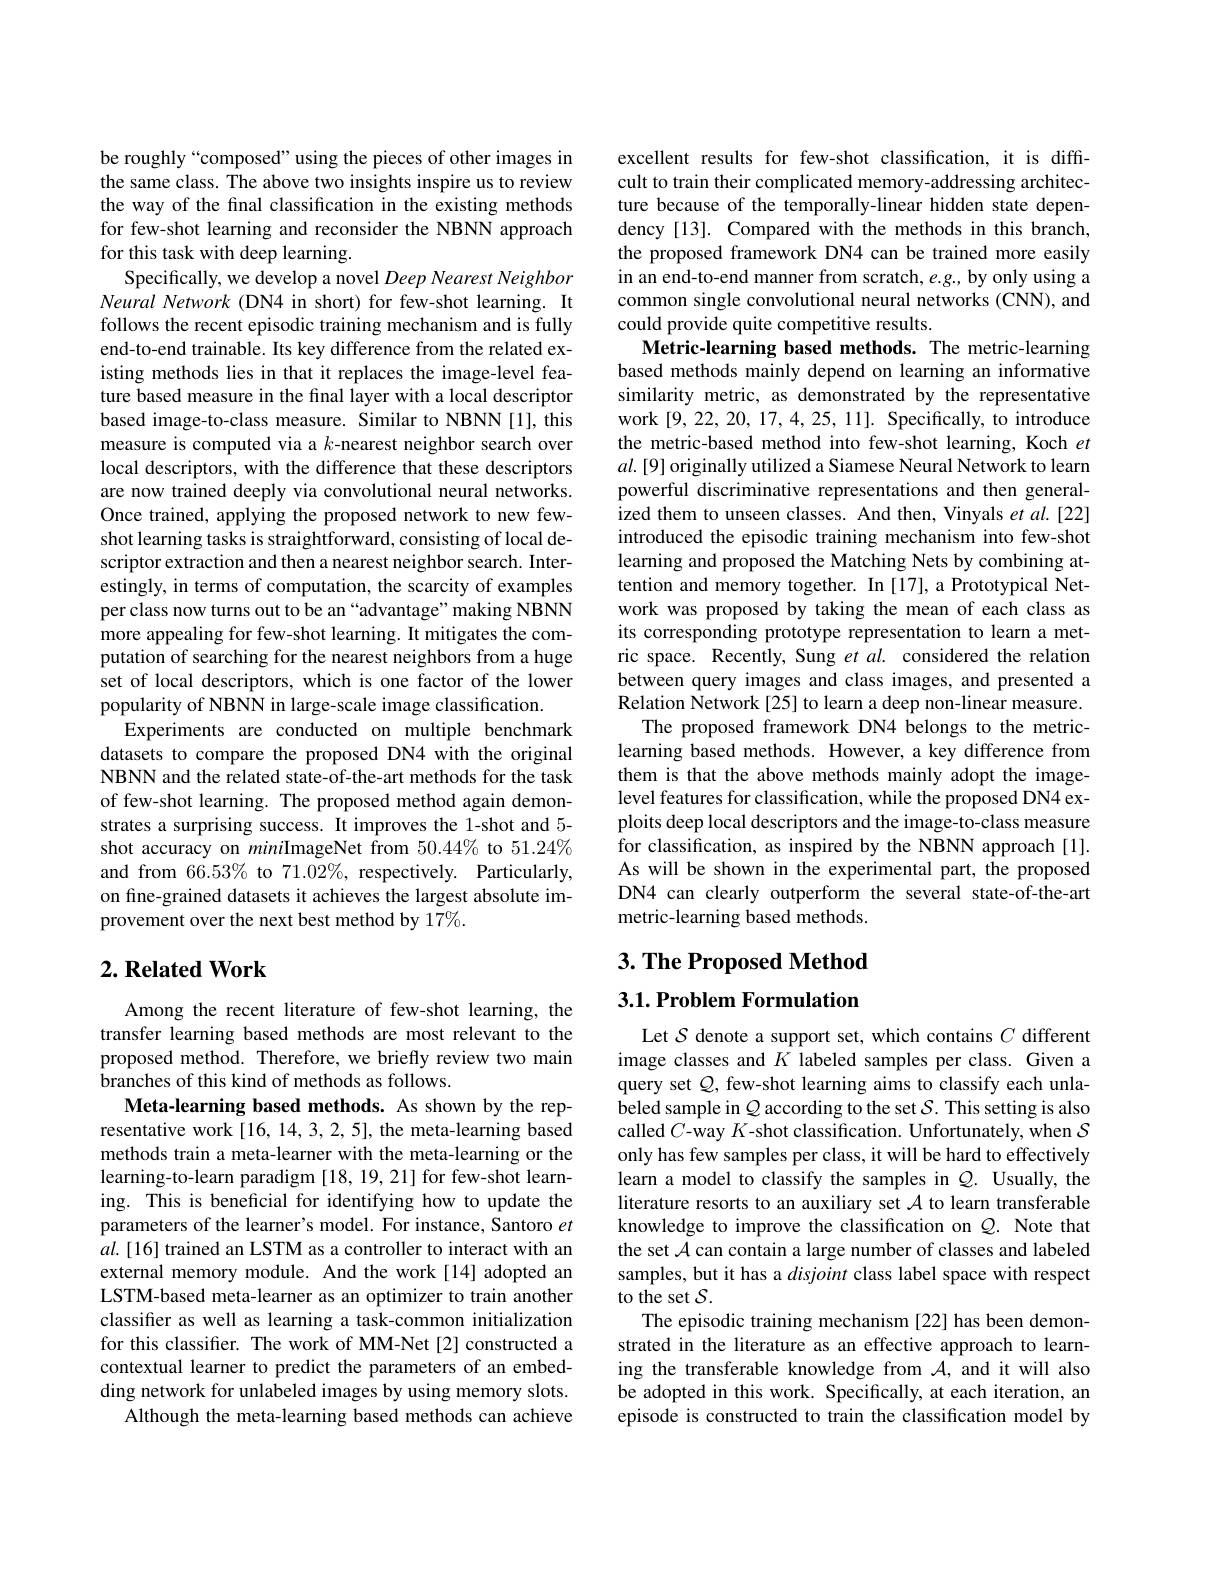
be roughly“composed”using the pieces of other images in the same class. The above two insights inspire us to review the way of the final classification in the existing methods for few-shot learning and reconsider the NBNN approach for this task with deep learning.
Specifically, we develop a novel Deep Nearest Neighbor Neural Network (DN4 in short) for few-shot learning. It follows the recent episodic training mechanism and is fully end-to-end trainable. Its key difference from the related existing methods lies in that it replaces the image-level feature based measure in the final layer with a local descriptor based image-to-class measure. Similar to NBNN [1], this measure is computed via a $k$-nearest neighbor search over local descriptors, with the difference that these descriptors are now trained deeply via convolutional neural networks. Once trained, applying the proposed network to new fewshot learning tasks is straightforward, consisting of local descriptor extraction and then a nearest neighbor search. Interestingly, in terms of computation, the scarcity of examples per class now turns out to be an “advantage”making NBNN more appealing for few-shot learning. It mitigates the computation of searching for the nearest neighbors from a huge set of local descriptors, which is one factor of the lower popularity of NBNN in large-scale image classification.
Experiments are conducted on multiple benchmark datasets to compare the proposed DN4 with the original NBNN and the related state-of-the-art methods for the task of few-shot learning. The proposed method again demonstrates a surprising success. It improves the 1-shot and 5- shot accuracy on miniImageNet from 50.44% to 51.24% and from 66.53% to 71.02%, respectively. Particularly, on fine-grained datasets it achieves the largest absolute improvement over the next best method by 17%.

## $2. \textbf{Related Work}$

Among the recent literature of few-shot learning, the transfer learning based methods are most relevant to the proposed method. Therefore, we briefly review two main branches of this kind of methods as follows.
Meta-learning based methods. As shown by the representative work [16, 14, 3, 2, 5], the meta-learning based methods train a meta-learner with the meta-learning or the learning-to-learn paradigm [18, 19, 21] for few-shot learning. This is beneficial for identifying how to update the parameters of the learner's model. For instance, Santoro $et$ $al.[16]$ trained an LSTM as a controller to interact with an external memory module. And the work[14] adopted an LSTM-based meta-learner as an optimizer to train another classifier as well as learning a task-common initialization for this classifier. The work of MM-Net[2] constructed a contextual learner to predict the parameters of an embedding network for unlabeled images by using memory slots.
Although the meta-learning based methods can achieve

excellent results for few-shot classification, it is difficult to train their complicated memory-addressing architecture because of the temporally-linear hidden state dependency[13]. Compared with the methods in this branch, the proposed framework DN4 can be trained more easily in an end-to-end manner from scratch, $e.g.$, by only using a common single convolutional neural networks (CNN), and could provide quite competitive results.
Metric-learning based methods. The metric-learning based methods mainly depend on learning an informative similarity metric, as demonstrated by the representative work [9,22,20,17,4,25,11]. Specifically, to introduce the metric-based method into few-shot learning, Koch $et$ $al.[9]$ originally utilized a Siamese Neural Network to learn powerful discriminative representations and then generalized them to unseen classes. And then, Vinyals et al.[22] introduced the episodic training mechanism into few-shot learning and proposed the Matching Nets by combining attention and memory together. In [17], a Prototypical Network was proposed by taking the mean of each class as its corresponding prototype representation to learn a metric space. Recently, Sung $etal.$ considered the relation between query images and class images, and presented a Relation Network[25] to learn a deep non-linear measure.
The proposed framework DN4 belongs to the metriclearning based methods. However, a key difference from them is that the above methods mainly adopt the imagelevel features for classification, while the proposed DN4 exploits deep local descriptors and the image-to-class measure for classification, as inspired by the NBNN approach [1]. As will be shown in the experimental part, the proposed DN4 can clearly outperform the several state-of-the-art metric-learning based methods.

# 3. The Proposed Method $3. 1. \textbf{Problem Formulation}$

Let $\mathcal{S}$ denote a support set, which contains $C$ different image classes and $K$ labeled samples per class. Given a query set $Q$, few-shot learning aims to classify each unlabeled sample in $Q$ according to the set $S.$ This setting is also called $C$-way $K$-shot classification. Unfortunately, when $S$ only has few samples per class, it will be hard to effectively learn a model to classify the samples in $Q.$ Usually, the literature resorts to an auxiliary set $\mathcal{A}$ to learn transferable knowledge to improve the classification on $\mathcal{Q}.$ Note that the set $\mathcal{A}$ can contain a large number of classes and labeled samples, but it has a disjoint class label space with respect to the set $\mathcal{S}.$
The episodic training mechanism [22] has been demonstrated in the literature as an effective approach to learning the transferable knowledge from $\mathcal{A}$, and it will also be adopted in this work. Specifically, at each iteration, an episode is constructed to train the classification model by